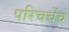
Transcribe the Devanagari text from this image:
परिचर्चेच